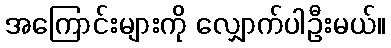
အကြောင်းများကို လျှောက်ပါဦးမယ်။